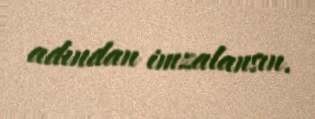
adından imzalansın.